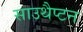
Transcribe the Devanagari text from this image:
साउथैप्टन